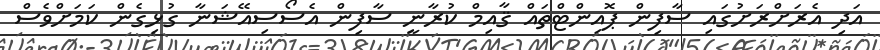
އަދި އެރަށްރަށުގައި ސާފިން ޕޮއިންޓްތައް ޤާއިމް ކުރާނީ ސާފިން އެސޯސިއޭޝަނާ ގުޅިގެން ކަމަށްވެސް